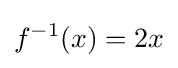
f^{-1}(x)=2x